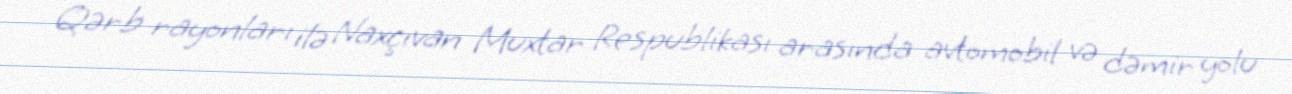
Qərb rayonları ilə Naxçıvan Muxtar Respublikası arasında avtomobil və dəmir yolu